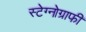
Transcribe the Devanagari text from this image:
स्टेग्नोग्राफी